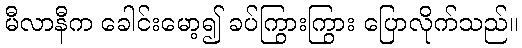
မီလာနီက ခေါင်းမော့၍ ခပ်ကြွားကြွား ပြောလိုက်သည်။